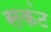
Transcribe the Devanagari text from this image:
सकंट